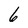
Character: 6